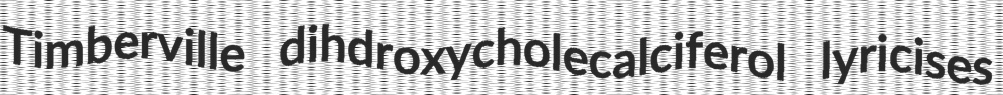
Timberville dihdroxycholecalciferol lyricises